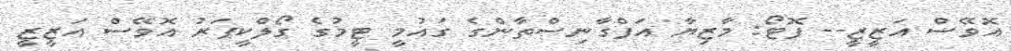
އޮވޭސް އަޒީޒީ-- ފޮޓޯ: މާޒިޔާ އަފްގާނިސްތާންގެ ގައުމީ ޓީމުގެ ގޯލްކީޕަރު އޮވޭސް އަޒީޒީ